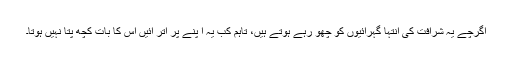
اگرچے یہ شرافت کی انتہا گہرائیوں کو چھو رہے ہوتے ہیں، تاہم کب یہ ا پنے پر اتر آئیں اس کا بات کچھ پتا نہیں ہوتا۔